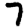
Digit: 7